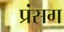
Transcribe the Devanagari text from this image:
प्रंसग